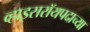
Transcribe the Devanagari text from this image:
व्हाइसरॉयपदाच्या